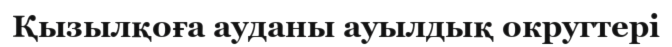
Қызылқоға ауданы ауылдық округтері